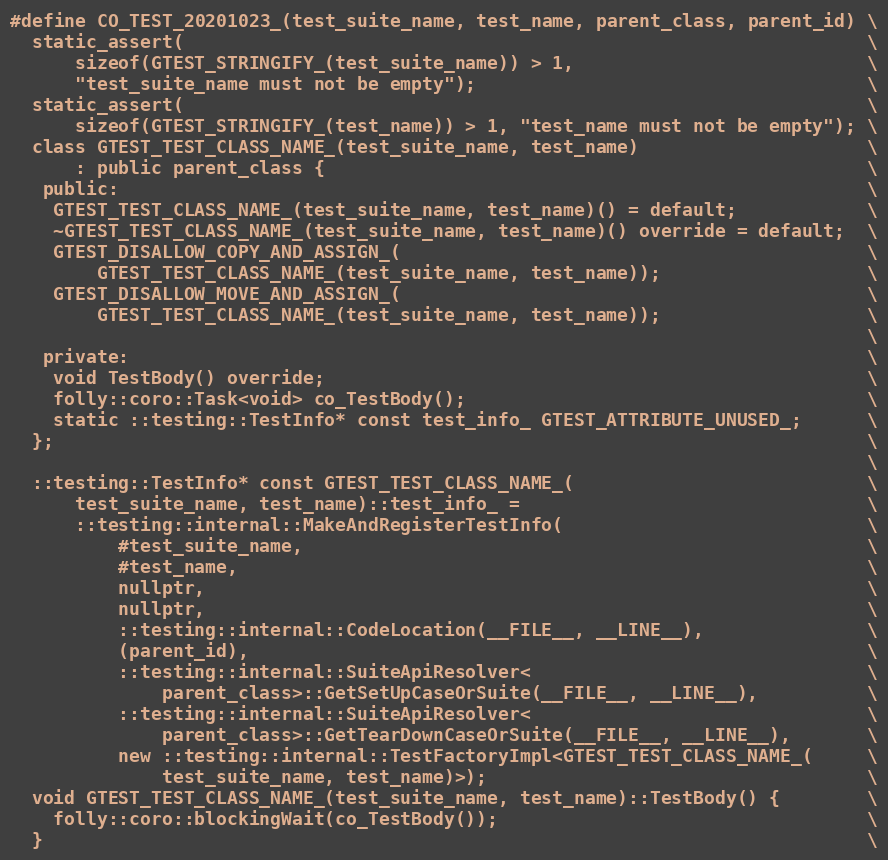
Language: C
#define CO_TEST_20201023_(test_suite_name, test_name, parent_class, parent_id) \
  static_assert(                                                               \
      sizeof(GTEST_STRINGIFY_(test_suite_name)) > 1,                           \
      "test_suite_name must not be empty");                                    \
  static_assert(                                                               \
      sizeof(GTEST_STRINGIFY_(test_name)) > 1, "test_name must not be empty"); \
  class GTEST_TEST_CLASS_NAME_(test_suite_name, test_name)                     \
      : public parent_class {                                                  \
   public:                                                                     \
    GTEST_TEST_CLASS_NAME_(test_suite_name, test_name)() = default;            \
    ~GTEST_TEST_CLASS_NAME_(test_suite_name, test_name)() override = default;  \
    GTEST_DISALLOW_COPY_AND_ASSIGN_(                                           \
        GTEST_TEST_CLASS_NAME_(test_suite_name, test_name));                   \
    GTEST_DISALLOW_MOVE_AND_ASSIGN_(                                           \
        GTEST_TEST_CLASS_NAME_(test_suite_name, test_name));                   \
                                                                               \
   private:                                                                    \
    void TestBody() override;                                                  \
    folly::coro::Task<void> co_TestBody();                                     \
    static ::testing::TestInfo* const test_info_ GTEST_ATTRIBUTE_UNUSED_;      \
  };                                                                           \
                                                                               \
  ::testing::TestInfo* const GTEST_TEST_CLASS_NAME_(                           \
      test_suite_name, test_name)::test_info_ =                                \
      ::testing::internal::MakeAndRegisterTestInfo(                            \
          #test_suite_name,                                                    \
          #test_name,                                                          \
          nullptr,                                                             \
          nullptr,                                                             \
          ::testing::internal::CodeLocation(__FILE__, __LINE__),               \
          (parent_id),                                                         \
          ::testing::internal::SuiteApiResolver<                               \
              parent_class>::GetSetUpCaseOrSuite(__FILE__, __LINE__),          \
          ::testing::internal::SuiteApiResolver<                               \
              parent_class>::GetTearDownCaseOrSuite(__FILE__, __LINE__),       \
          new ::testing::internal::TestFactoryImpl<GTEST_TEST_CLASS_NAME_(     \
              test_suite_name, test_name)>);                                   \
  void GTEST_TEST_CLASS_NAME_(test_suite_name, test_name)::TestBody() {        \
    folly::coro::blockingWait(co_TestBody());                                  \
  }                                                                            \